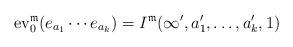
LaTeX: \begin{align*}{\rm ev}_{0}^{\mathfrak{m}}(e_{a_{1}}\cdots e_{a_{k}})=I^{\mathfrak{m}}(\infty',a_{1}',\dots,a_{k}',1)\end{align*}